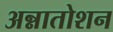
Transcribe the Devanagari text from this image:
अन्नातोशन